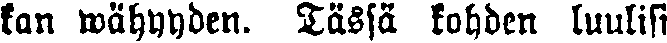
kan wähyyden. Tässä kohden luulisi